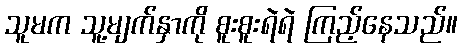
သူမက သူ့မျက်နှာကို စူးစူးရဲရဲ ကြည့်နေသည်။